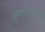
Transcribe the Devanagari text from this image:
अव्यक्तगणित